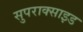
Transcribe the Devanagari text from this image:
सुपराक्साइड